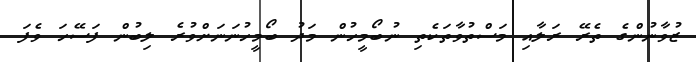
ޒުވާނުންގެ ތެރޭ ރަލާއި މަސްތުވާތަކެތި ނުބޯމީހުން މަދު ބޯމީހުނަނަށްވުރެ ލިބުން ފަސޭހަ ވެފަ